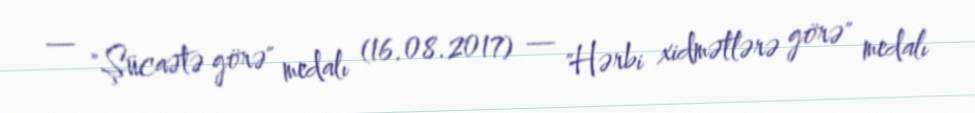
— "Şücaətə görə" medalı (16.08.2017) — "Hərbi xidmətlərə görə" medalı